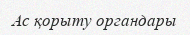
Ас қорыту органдары